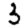
Digit: 3